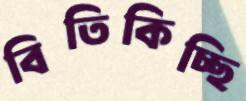
বিতিকিচ্ছি